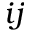
i j